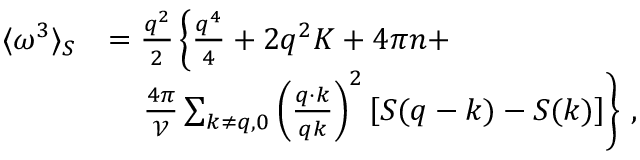
\begin{array} { r l } { \langle \omega ^ { 3 } \rangle _ { S } } & { = \frac { { q } ^ { 2 } } { 2 } \left\{ \frac { q ^ { 4 } } { 4 } + 2 q ^ { 2 } { K } + 4 \pi { n } + \right. } \\ & { \quad \left. \frac { 4 \pi } { \mathcal { V } } \sum _ { \boldsymbol { k } \neq \boldsymbol { q } , 0 } \left( \frac { \boldsymbol { q } \cdot \boldsymbol { k } } { q k } \right) ^ { 2 } \left[ S ( \boldsymbol { q } - \boldsymbol { k } ) - S ( \boldsymbol { k } ) \right] \right\} \, , } \end{array}